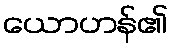
ယောဟန်၏